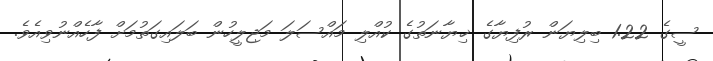
ސީގެ 1.22 ބިލިޔަން ރުފިޔާގެ ޚިޔާނަތުގެ ކުއްލި މައްސަލަ މަޖިލީހުން ބަލައިގަތުމަށް ފާހެއްނުވިއެވެ.